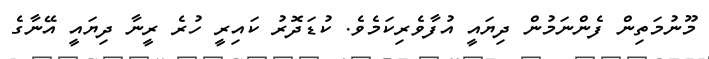
މޫނުމަތިން ފެންނަމުން ދިޔައީ އުފާވެރިކަމެވެ. ކުޑަދޮރު ކައިރީ ހުރެ ރީނާ ދިޔައީ އޭނާގެ